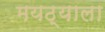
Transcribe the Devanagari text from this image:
मयठ्याला